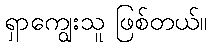
ရှာကျွေးသူ ဖြစ်တယ်။